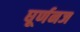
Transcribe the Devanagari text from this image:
घूर्णनज